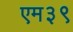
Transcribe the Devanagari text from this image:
एम३९